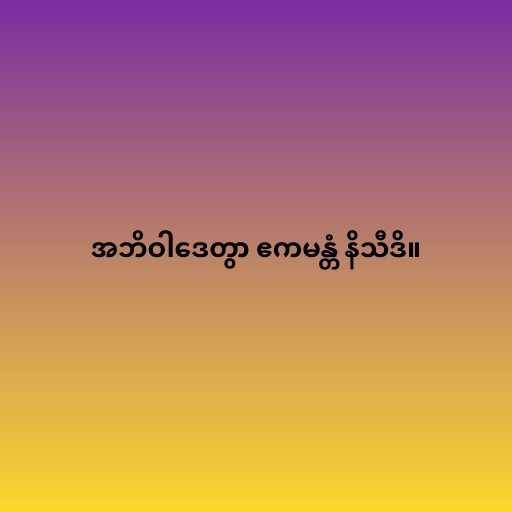
အဘိဝါဒေတွာ ဧကမန္တံ နိသီဒိ။